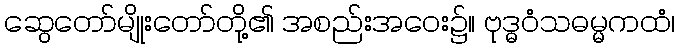
ဆွေတော်မျိုးတော်တို့၏ အစည်းအဝေး၌။ ဗုဒ္ဓဝံသဓမ္မကထံ၊